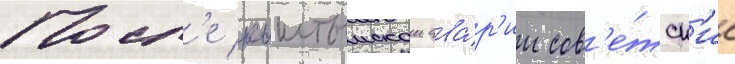
Посл'е кыштымскои ава́р'ии сов'е́тск'ие